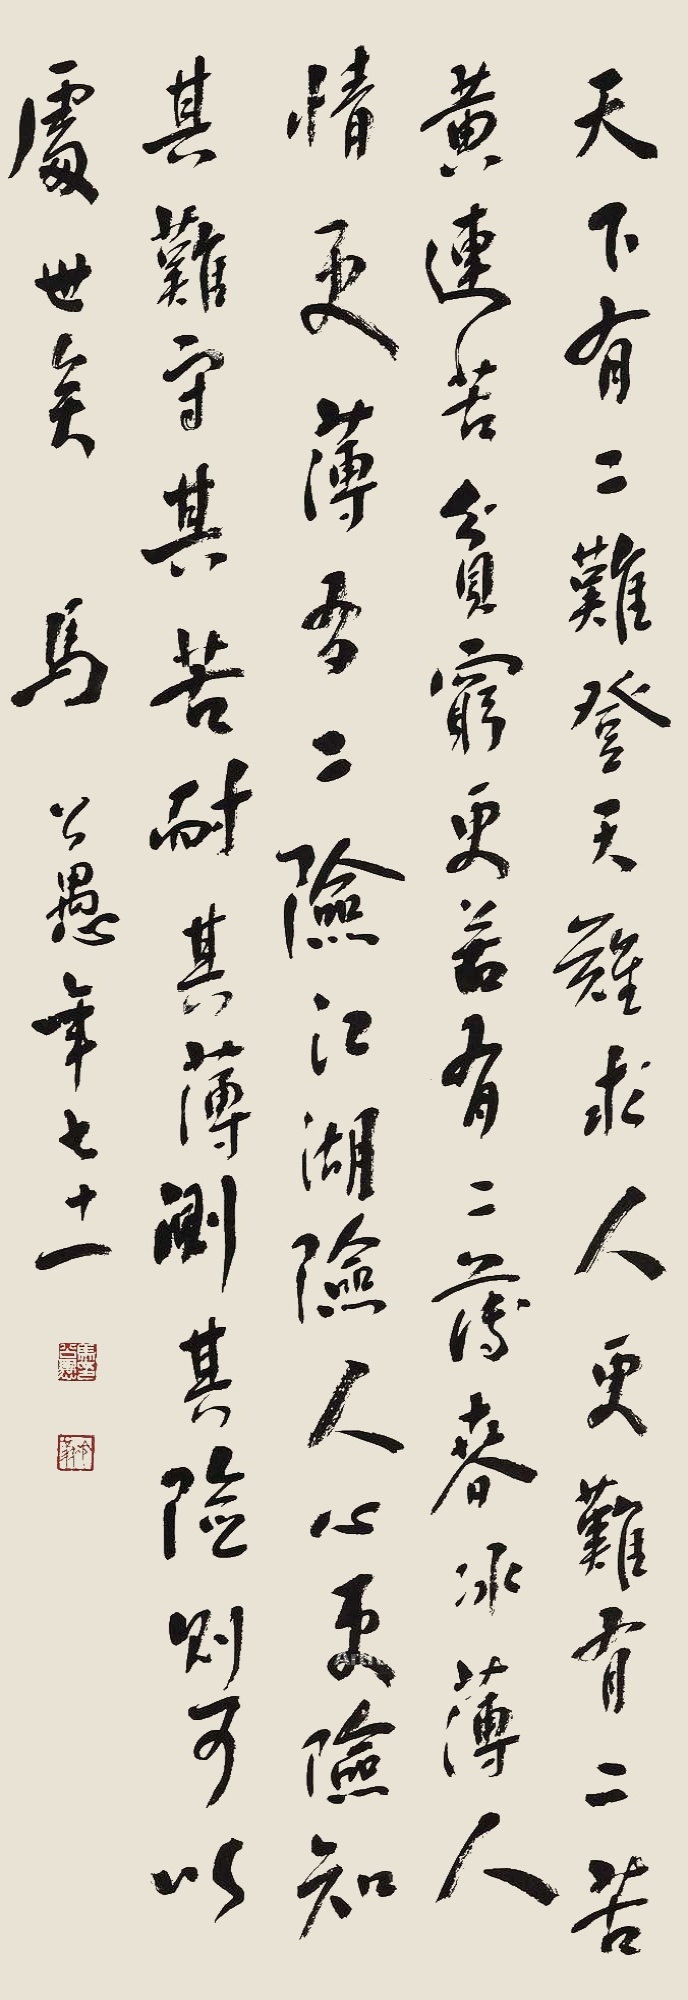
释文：天下有二难，登天难，求人更难；有二苦，黄连苦，贫穷更苦；有二薄，春冰薄，人情更薄；有二险，江湖险，人心更险。知其难守其苦、耐其薄、测其险则可以处世矣。马公愚年七十一。